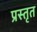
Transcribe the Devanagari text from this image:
प्रस्तृत